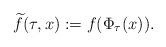
LaTeX: \begin{align*}\widetilde{f}(\tau,x):=f(\Phi_{\tau}(x)).\end{align*}